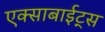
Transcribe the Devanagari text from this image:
एक्साबाईट्स